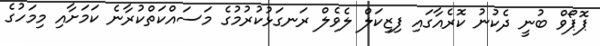
ޕޮޕޯވް ބުނީ ދެކުނު ކޮރެއާގައި ފިޒިކަލް ލެވެލް ރަނގަޅުކުރުމުގެ މަސައްކަތްކުރާނެ ކަމަށާއި މިމަހުގެ